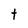
Character: t